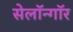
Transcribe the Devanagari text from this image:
सेलॉन्गॉर